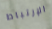
الإرتباط